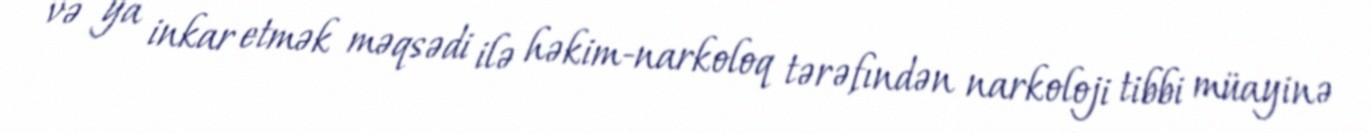
və ya inkar etmək məqsədi ilə həkim-narkoloq tərəfındən narkoloji tibbi müayinə